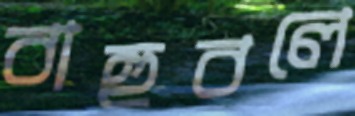
বাহুবলে